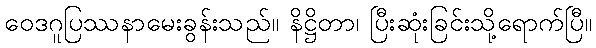
ဝေဒဂူပြဿနာမေးခွန်းသည်။ နိဋ္ဌိတာ၊ ပြီးဆုံးခြင်းသို့ရောက်ပြီ။